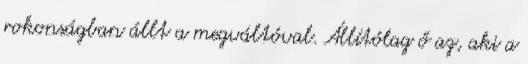
rokonságban állt a megváltóval. Állítólag ő az, aki a